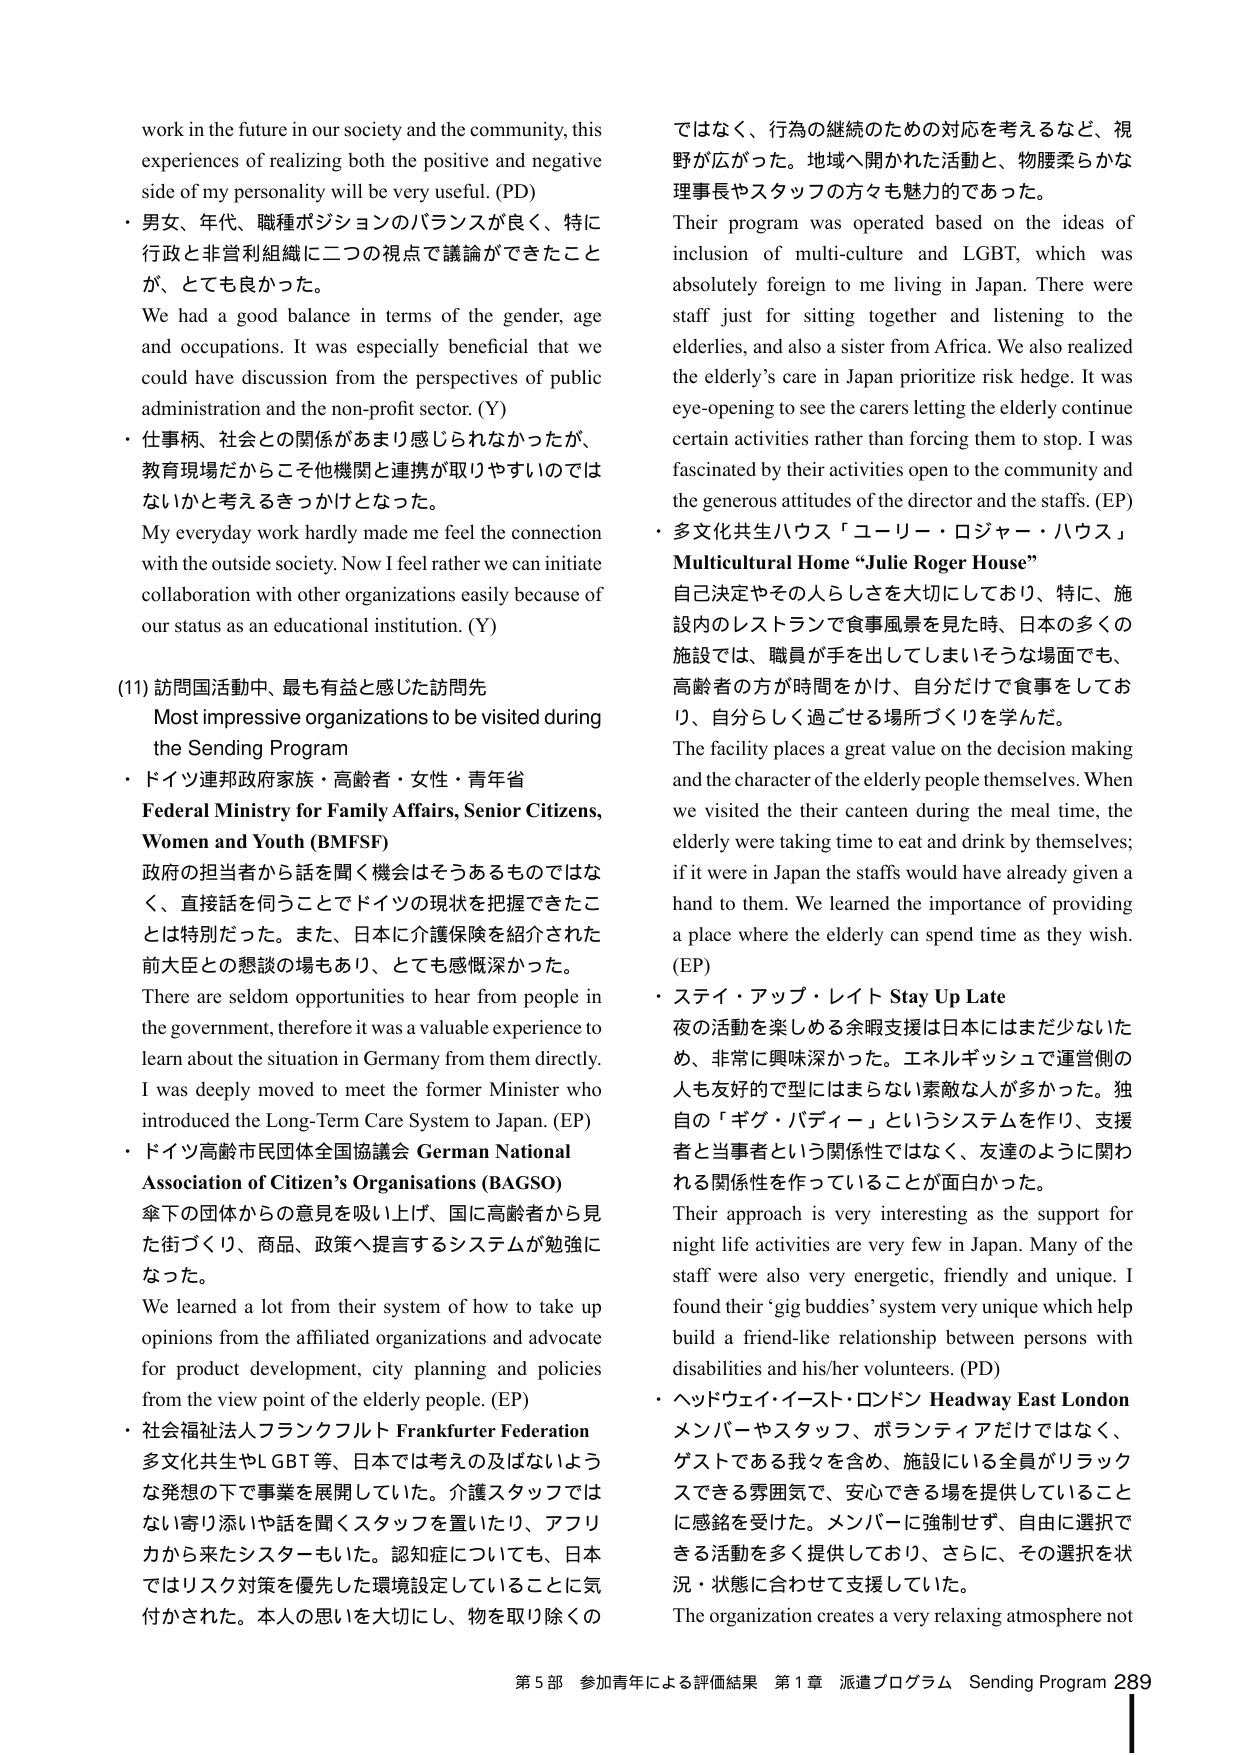
work in the future in our society and the community, this experiences of realizing both the positive and negative side of my personality will be very useful. (PD)
・男女、年代、職種ポジションのバランスが良く、特に行政と非営利組織に二つの視点で議論ができたことが、とても良かった。
We had a good balance in terms of the gender, age and occupations. It was especially beneficial that we could have discussion from the perspectives of public administration and the non-profit sector. (Y)
・仕事柄、社会との関係があまり感じられなかったが、教育現場だからこそ他機関と連携が取りやすいのではないかと考えるきっかけとなった。
My everyday work hardly made me feel the connection with the outside society. Now I feel rather we can initiate collaboration with other organizations easily because of our status as an educational institution. (Y)
(11) 訪問国活動中、最も有益と感じた訪問先
Most impressive organizations to be visited during the Sending Program
・ドイツ連邦政府家族・高齢者・女性・青年省
Federal Ministry for Family Affairs, Senior Citizens, Women and Youth (BMFSF)
政府の担当者から話を聞く機会はそうあるものではなく、直接話を伺うことでドイツの現状を把握できたことは特別だった。また、日本に介護保険を紹介された前大臣との懇談の場もあり、とても感慨深かった。
There are seldom opportunities to hear from people in the government, therefore it was a valuable experience to learn about the situation in Germany from them directly. I was deeply moved to meet the former Minister who introduced the Long-Term Care System to Japan. (EP)
・ドイツ高齢市民団体全国協議会 German National Association of Citizen’s Organisations (BAGSO)
傘下の団体からの意見を吸い上げ、国に高齢者から見た街づくり、商品、政策へ提言するシステムが勉強になった。
We learned a lot from their system of how to take up opinions from the affiliated organizations and advocate for product development, city planning and policies from the view point of the elderly people. (EP)
・社会福祉法人フランクフルト Frankfurter Federation
多文化共生やLGBT等、日本では考えの及ばないような発想の下で事業を展開していた。介護スタッフではない寄り添いや話を聞くスタッフを置いたり、アフリカから来たシスターもいた。認知症についても、日本ではリスク対策を優先した環境設定していることに気付かされた。本人の思いを大切にし、物を取り除くのではなく、行為の継続のための対応を考えるなど、視野が広がった。地球へ開かれた活動と、物腰柔らかな理事長やスタッフの方々も魅力的であった。
Their program was operated based on the ideas of inclusion of multi-culture and LGBT, which was absolutely foreign to me living in Japan. There were staff just for sitting together and listening to the elderlies, and also a sister from Africa. We also realized the elderly’s care in Japan prioritize risk hedge. It was eye-opening to see the carers letting the elderly continue certain activities rather than forcing them to stop. I was fascinated by their activities open to the community and the generous attitudes of the director and the staffs. (EP)
・多文化共生ハウス「ユーリー・ロジャー・ハウス」
Multicultural Home “Julie Roger House”
自己決定やその人らしさを大切にしており、特に、施設内のレストランで食事風景を見た時、日本の多くの施設では、職員が手を出してしまいそうな場面でも、高齢者の方が時間をかけ、自分だけで食事をしており、自分らしく過ごせる場所づくりを学んだ。
The facility places a great value on the decision making and the character of the elderly people themselves. When we visited the their canteen during the meal time, the elderly were taking time to eat and drink by themselves; if it were in Japan the staffs would have already given a hand to them. We learned the importance of providing a place where the elderly can spend time as they wish. (EP)
・ステイ・アップ・レイト Stay Up Late
夜の活動を楽しめる余暇支援は日本にはまだ少ないため、非常に興味深かった。エネルギッシュで運営側の人も友好的で型にはまらない素敵な人が多かった。独自の「ギグ・バディー」というシステムを作り、支援者と当事者という関係性ではなく、友達のように関われる関係性を作っていることが面白かった。
Their approach is very interesting as the support for night life activities are very few in Japan. Many of the staff were also very energetic, friendly and unique. I found their ‘gig buddies’ system very unique which help build a friend-like relationship between persons with disabilities and his/her volunteers. (PD)
・ヘッドウェイ・イースト・ロンドン Headway East London
メンバーやスタッフ、ボランティアだけではなく、ゲストである我々を含め、施設にいる全員がリラックスできる雰囲気で、安心できる場を提供していることに感銘を受けた。メンバーに強制せず、自由に選択できる活動を多く提供しており、さらに、その選択を状況・状態に合わせて支援していた。
The organization creates a very relaxing atmosphere not
第5部 参加青年による評価結果 第1章 派遣プログラム Sending Program 289